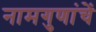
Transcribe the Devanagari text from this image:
नामगुणांचें